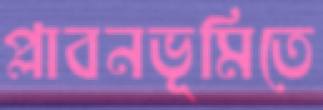
প্লাবনভূমিতে